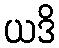
ယဒိ